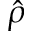
\hat { \rho }